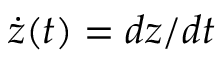
\dot { z } ( t ) = d z / d t